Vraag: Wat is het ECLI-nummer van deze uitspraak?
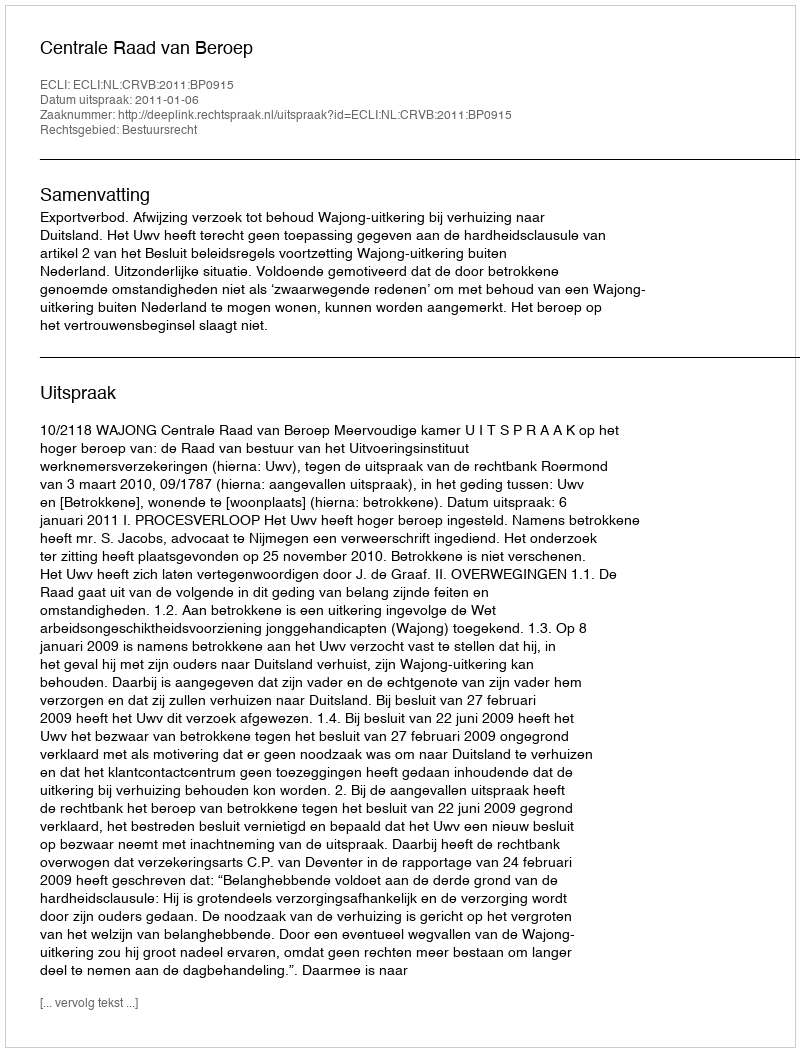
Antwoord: ECLI:NL:CRVB:2011:BP0915